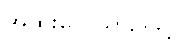
အထူးလေယာဉ်ဖြင့်